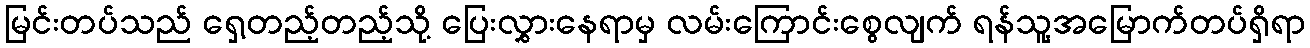
မြင်းတပ်သည် ရှေ့တည့်တည့်သို့ ပြေးလွှားနေရာမှ လမ်းကြောင်းစွေလျက် ရန်သူ့အမြောက်တပ်ရှိရာ